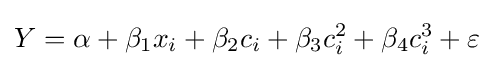
Y=\alpha +\beta _{1}x_{i}+\beta _{2}c_{i}+\beta _{3}c_{i}^{2}+\beta _{4}c_{i}^{3}+\varepsilon